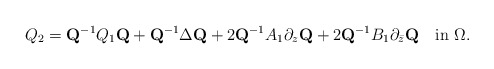
\begin{align*}Q_2=\mbox{\bf Q}^{-1}Q_1\mbox{\bf Q}+\mbox{\bf Q}^{-1}\Delta \mbox{\bf Q}+2\mbox{\bf Q}^{-1}A_1\partial_z\mbox{\bf Q}+2\mbox{\bf Q}^{-1}B_1\partial_{\bar z}\mbox{\bf Q}\quad\mbox{in}\,\,\Omega .\end{align*}